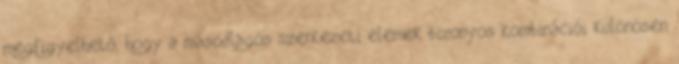
megfigyelhető, hogy a másodlagos szerkezeti elemek bizonyos kombinációi különösen